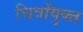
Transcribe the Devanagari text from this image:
चित्रोंयुक्त